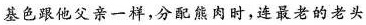
基色跟他父亲一样，分配熊肉时，连最老的老头